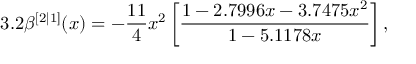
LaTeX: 3 . 2 \beta ^ { [ 2 | 1 ] } ( x ) = - \frac { 1 1 } { 4 } x ^ { 2 } \left[ \frac { 1 - 2 . 7 9 9 6 x - 3 . 7 4 7 5 x ^ { 2 } } { 1 - 5 . 1 1 7 8 x } \right] ,